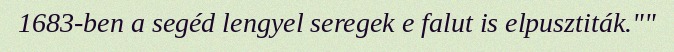
1683-ben a segéd lengyel seregek e falut is elpusztiták.""